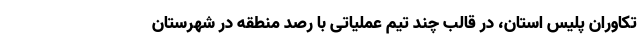
تکاوران پلیس استان، در قالب چند تیم عملیاتی با رصد منطقه در شهرستان